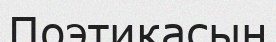
Поэтикасын